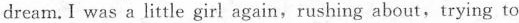
dream.I was a little girl again,rushing about,trying to